Annual statistical returns and brief notes on vaccination in Bengal - 1896-1909
Year: 1896
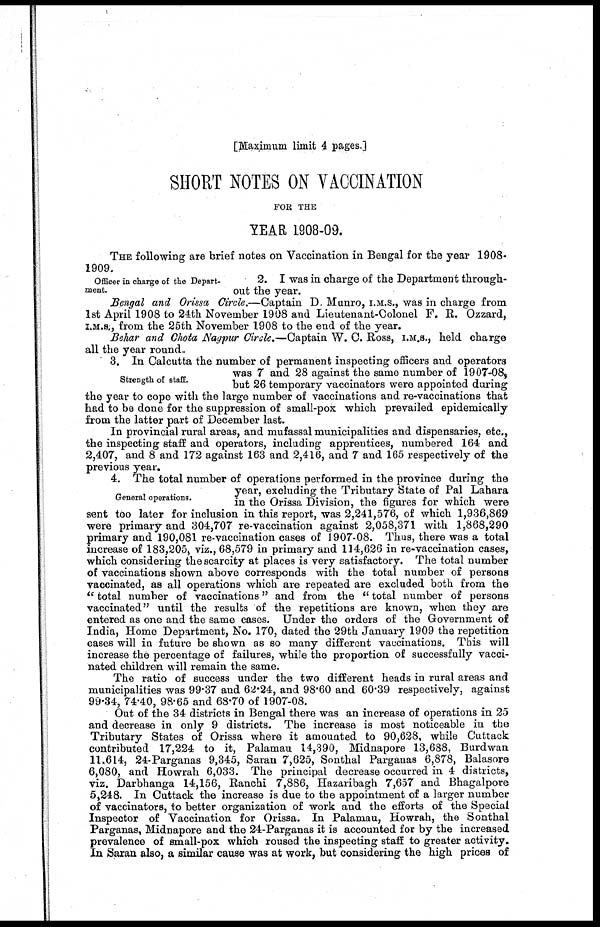
[Maximum limit 4 pages.]
SHORT NOTES ON VACCINATION
FOR THE
YEAR 1908-09.
THE following are brief notes on Vaccination in Bengal for the year 1908-
1909.
Officer in charge of the Depart-
ment.
2. I was in charge of the Department through-
out the year.
Bengal and Orissa Circle.—Captain D. Munro, I.M.S., was in charge from
1st April 1908 to 24th November 1908 and Lieutenant-Colonel F. R. Ozzard,
I.M.S., from the 25th November 1908 to the end of the year.
Behar and Chota Nagpur Circle.—Captain W. C. Ross, I.M.S., held charge
all the year round..
Strength of staff.
3. In Calcutta the number of permanent inspecting officers and operators
was 7 and 28 against the same number of 1907-08,
but 26 temporary vaccinators were appointed during
the year to cope with the large number of vaccinations and re-vaccinations that
had to be done for the suppression of small-pox which prevailed epidemically
from the latter part of December last.
In provincial rural areas, and mufassal municipalities and dispensaries, etc.,
the inspecting staff and operators, including apprentices, numbered 164 and
2,407, and 8 and 172 against 163 and 2,416, and 7 and 165 respectively of the
previous year.
General operations.
4. The total number of operations performed in the province during the
year, excluding the Tributary State of Pal Lahara
in the Orissa Division, the figures for which were
sent too later for inclusion in this report, was 2,241,576, of which 1,936,869
were primary and 304,707 re-vaccination against 2,058,371 with 1,868,290
primary and 190,081 re-vaccination cases of 1907-08. Thus, there was a total
increase of 183,205, viz., 68,579 in primary and 114,626 in re-vaccination cases,
which considering the scarcity at places is very satisfactory. The total number
of vaccinations shown above corresponds with the total number of persons
vaccinated, as all operations which are repeated are excluded both from the
" total number of vaccinations" and from the " total number of persons
vaccinated" until the results of the repetitions are known, when they are
entered as one and the same cases. Under the orders of the Government of
India, Home Department, No. 170, dated the 29th January 1909 the repetition
cases will in future be shown as so many different vaccinations. This will
increase the percentage of failures, while the proportion of successfully vacci-
nated children will remain the same.
The ratio of success under the two different heads in rural areas and
municipalities was 99.37 and 62.24, and 98.60 and 60.39 respectively, against
99.34, 74.40, 98.65 and 68.70 of 1907-08.
Out of the 34 districts in Bengal there was an increase of operations in 25
and decrease in only 9 districts. The increase is most noticeable in the
Tributary States of Orissa where it amounted to 90,628, while Cuttack
contributed 17,224 to it, Palamau 14,390, Midnapore 13,688, Burdwan
11,614, 24-Parganas 9,345, Saran 7,625, Sonthal Parganas 6,878, Balasore
6,080, and Howrah 6,033. The principal decrease occurred in 4 districts,
viz. Darbhanga 14,156, Ranchi 7,886, Hazaribagh 7,657 and Bhagalpore
5,248. In Cuttack the increase is due to the appointment of a larger number
of vaccinators, to better organization of work and the efforts of the Special
Inspector of Vaccination for Orissa. In Palamau, Howrah, the Sonthal
Parganas, Midnapore and the 24-Parganas it is accounted for by the increased
prevalence of small-pox which roused the inspecting staff to greater activity.
In Saran also, a similar cause was at work, but considering the high prices of